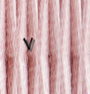
٧